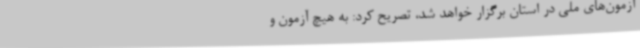
آزمون‌های ملی در استان برگزار خواهد شد، تصریح کرد: به هیچ آزمون و